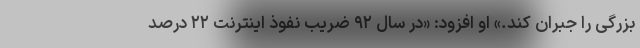
بزرگی را جبران کند.» او افزود: «در سال ۹۲ ضریب نفوذ اینترنت ۲۲ درصد